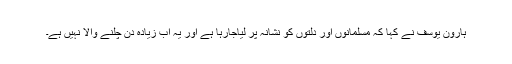
ہارون یوسف نے کہا کہ مسلمانوں اور دلتوں کو نشانہ پر لیاجارہا ہے اور یہ اب زیادہ دن چلنے والا نہیں ہے۔